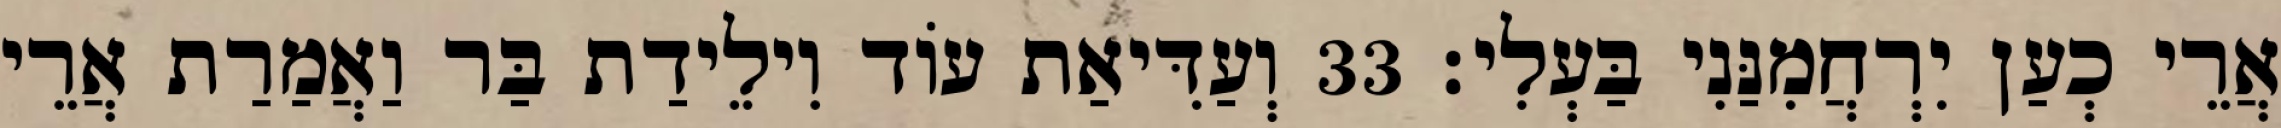
אֲרֵי כְעַן יִרְחֲמִנַּנִי בַּעְלִי׃ 33 וְעַדִּיאַת עוֹד וִילֵידַת בַּר וַאֲמַרַת אֲרֵי